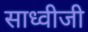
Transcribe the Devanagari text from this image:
साध्वीजी